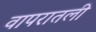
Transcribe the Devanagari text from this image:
वापरातली